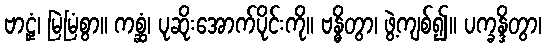
ဗာဠှံ၊ မြဲမြံစွာ။ ကစ္ဆံ၊ ပုဆိုးအောက်ပိုင်းကို။ ဗန္ဓိတွာ၊ ဖွဲ့ကျစ်၍။ ပက္ခန္ဒိတွာ၊